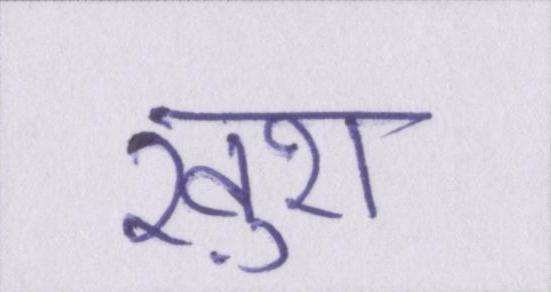
ख़ुश